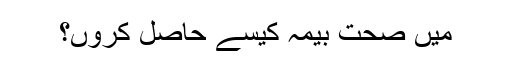
میں صحت بیمہ کیسے حاصل کروں؟